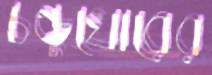
চন্ডুখোরের